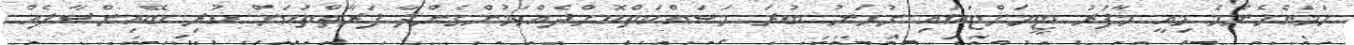
ހަމައެހެންމެ މިއީ މާފަރު ޓީމަށްޓަކައި ނުހަނު ބުރަ މަސައްކަތްކޮށްދެއްވަމުންގެންދާ ފަރާތްތަކަށް ކުރި ބޭއިންސާފެއް